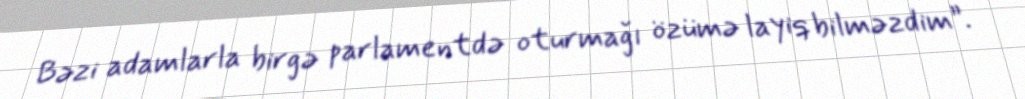
Bəzi adamlarla birgə parlamentdə oturmağı özümə layiq bilməzdim”.